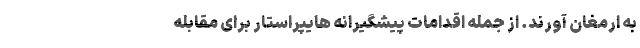
به ارمغان آورند. از جمله اقدامات پیشگیرانه هایپراستار برای مقابله